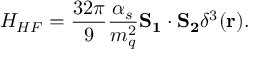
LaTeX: H _ { H F } = \frac { 3 2 \pi } { 9 } \frac { \alpha _ { s } } { m _ { q } ^ { 2 } } { \bf S _ { 1 } \cdot S _ { 2 } } \delta ^ { 3 } ( { \bf r } ) .